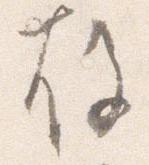
故